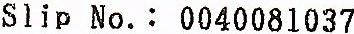
SLIP NO.: 0040081037